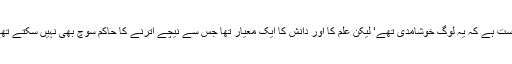
درست ہے کہ یہ لوگ خوشامدی تھے‘ لیکن علم کا اور دانش کا ایک معیار تھا جس سے نیچے اُترنے کا حاکم سوچ بھی نہیں سکتے تھے۔